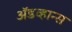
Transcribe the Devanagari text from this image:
ॲडव्हान्स